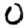
Digit: 0